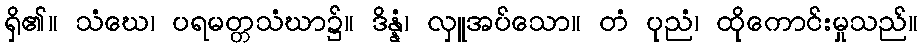
ရှိ၏။ သံဃေ၊ ပရမတ္တသံဃာ၌။ ဒိန္နံ၊ လှူအပ်သော။ တံ ပုညံ၊ ထိုကောင်းမှုသည်။